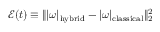
\mathcal { E } ( t ) \equiv \| | \omega | _ { \mathrm { h y b r i d } } - | \omega | _ { \mathrm { c l a s s i c a l } } \| _ { 2 } ^ { 2 }